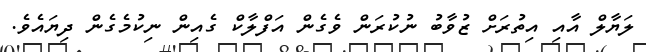
ލަޔާލް އާއި އިތުރަށް ޒުވާބު ނުކުރަން ވެގެން އަފްލާކް ގެއިން ނިކުމެގެން ދިޔައެވެ.